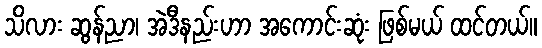
သိလား ဆွန်ညာ၊ အဲဒီနည်းဟာ အကောင်းဆုံး ဖြစ်မယ် ထင်တယ်။